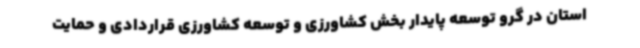
استان در گرو توسعه پایدار بخش کشاورزی و توسعه کشاورزی قراردادی و حمایت